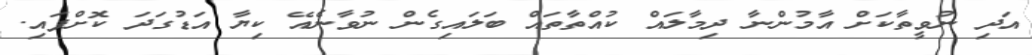
އަދި ނުވީތާކަށް އާމުންނާ ދިމާލައް ކުއްތާތައް ބަލައިގެން ނުވާނެެއޭ ކިޔާ އަޑުގަދަ ކޮށްފައި.